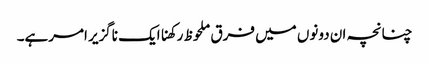
چنانچہ ان دونوں میں فرق ملحوظ رکھناایک ناگزیر امرہے۔